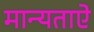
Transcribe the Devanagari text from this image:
मान्यताऐ